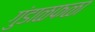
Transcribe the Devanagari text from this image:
गुंडाळफळा